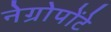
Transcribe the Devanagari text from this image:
नेग्रोपोंटे